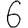
Digit: 6